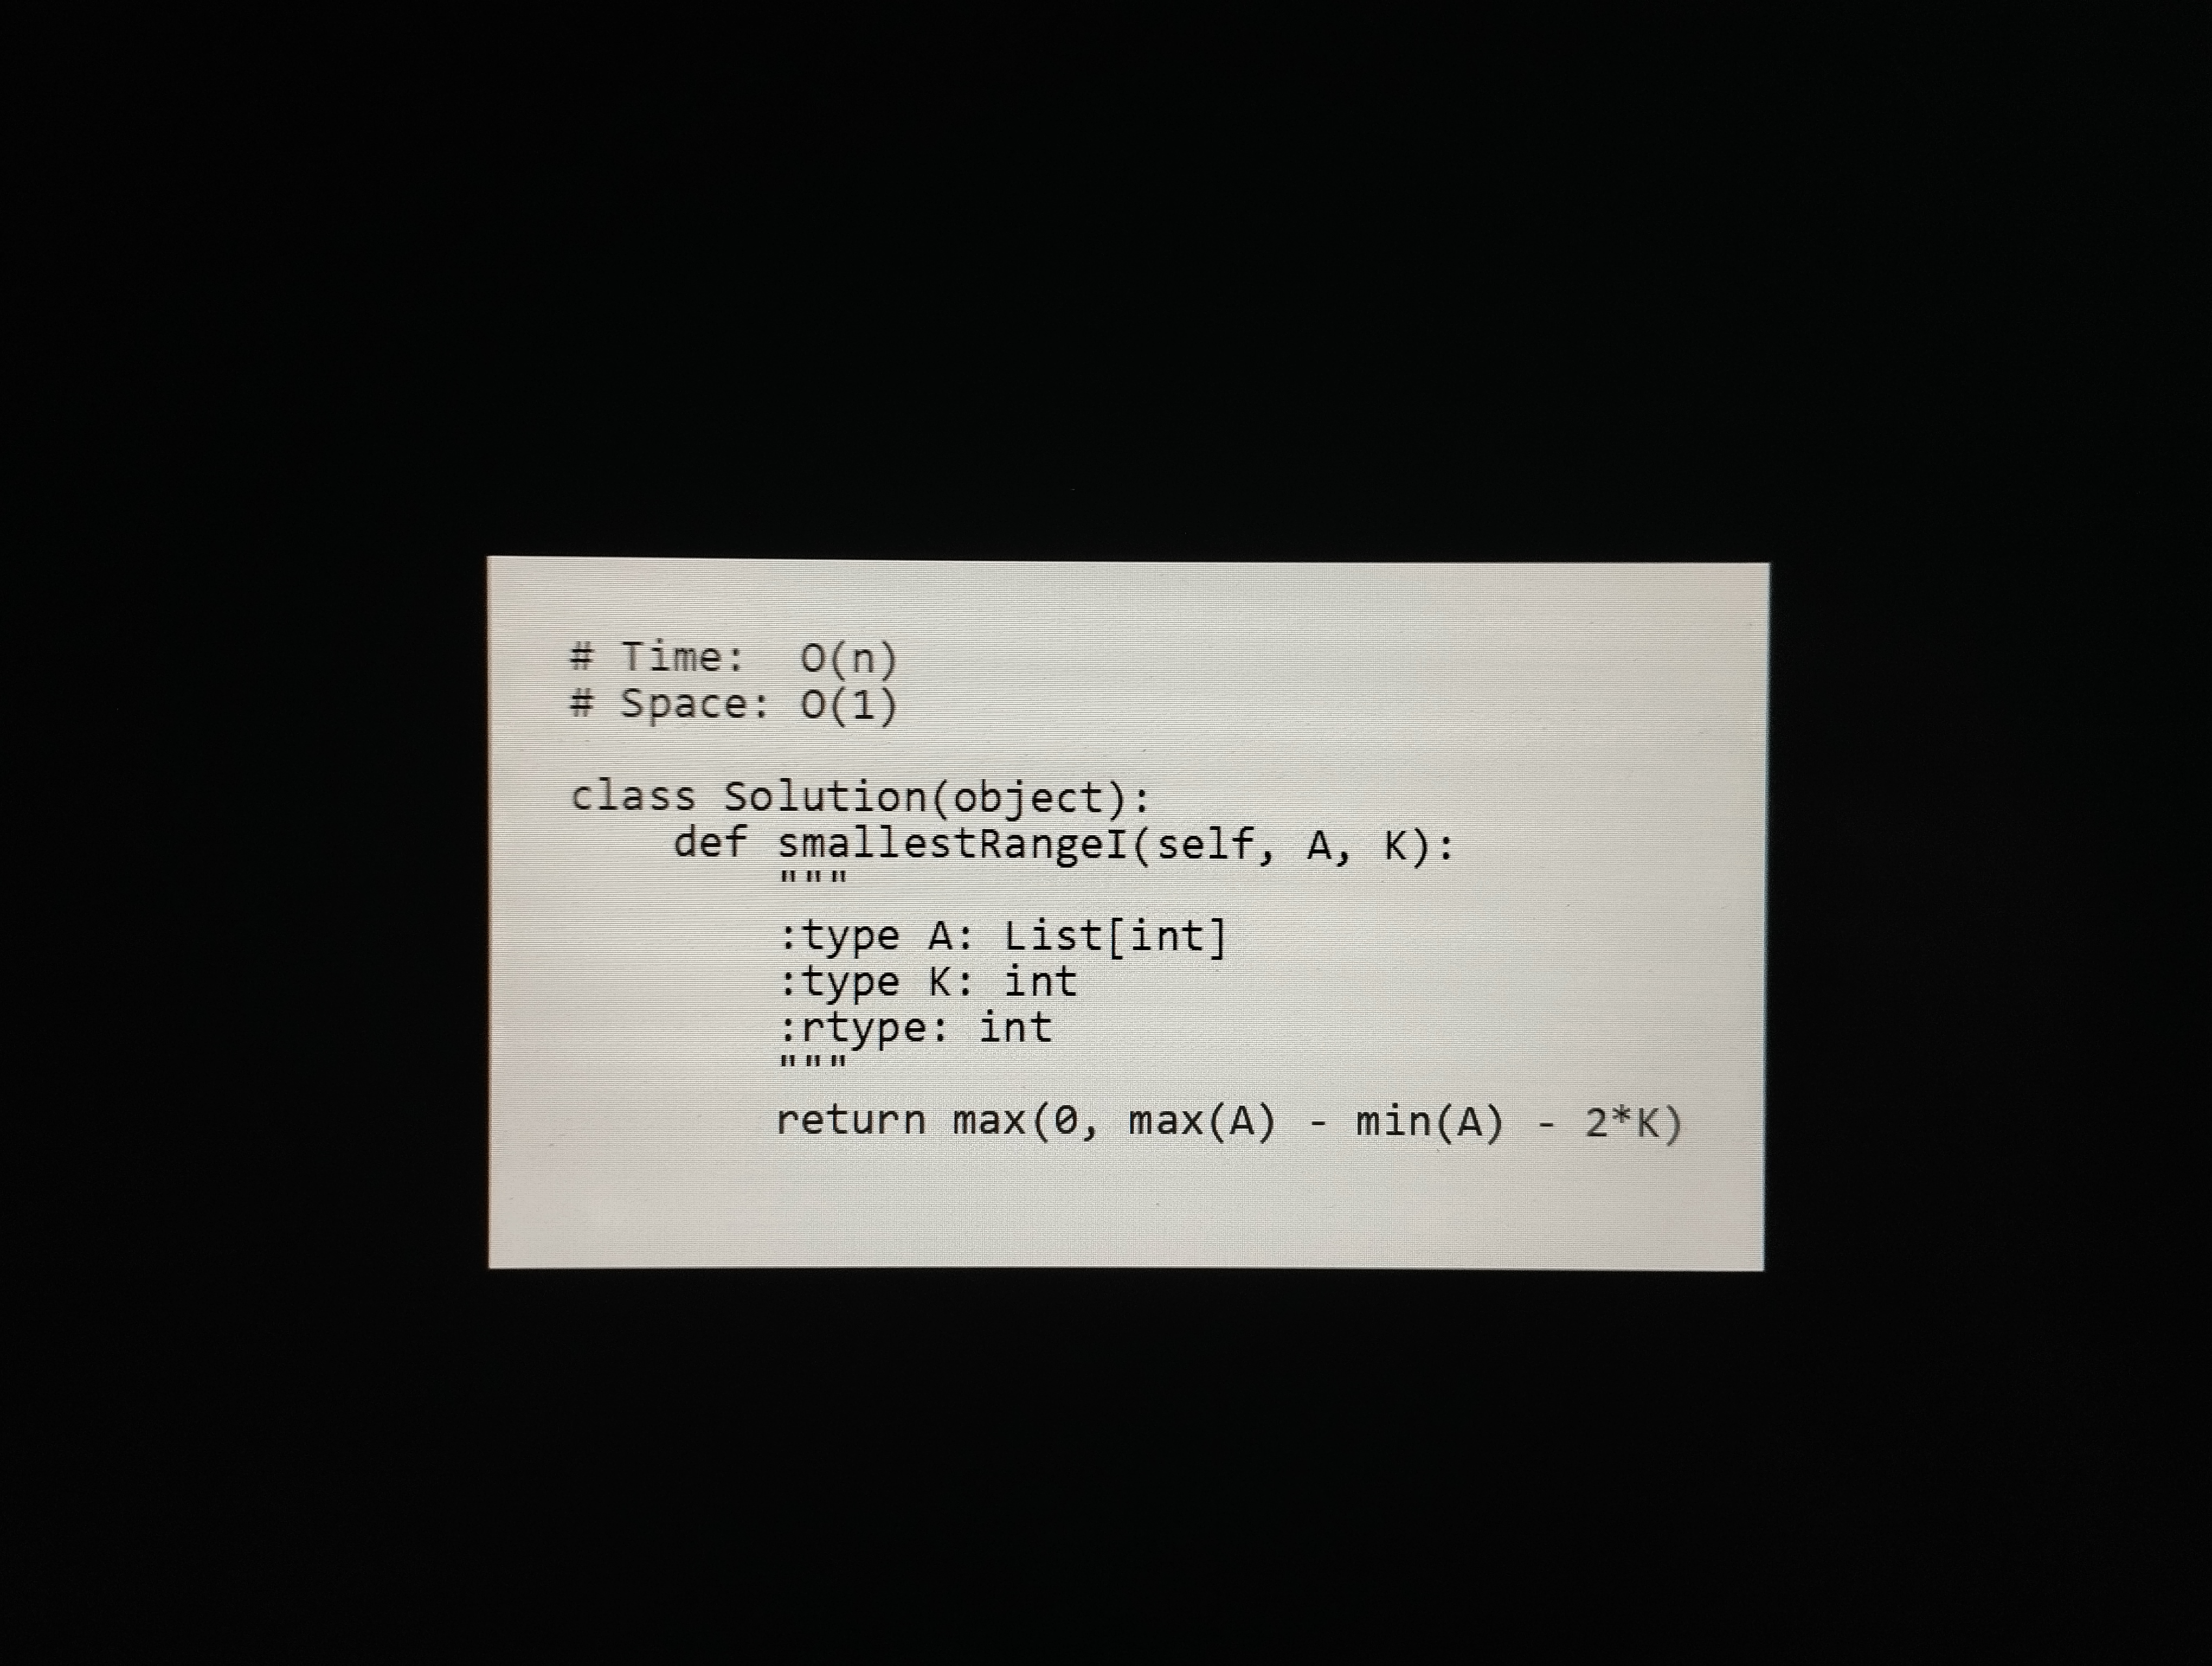
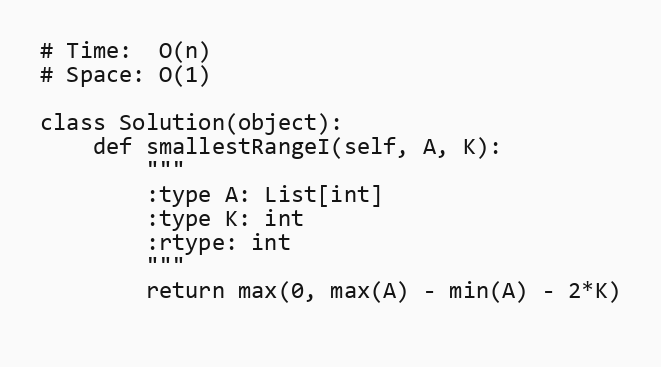
# Time:  O(n)
# Space: O(1)

class Solution(object):
    def smallestRangeI(self, A, K):
        """
        :type A: List[int]
        :type K: int
        :rtype: int
        """
        return max(0, max(A) - min(A) - 2*K)